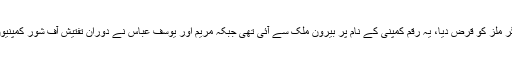
جس پر نیب پراسیکیوٹر نے کہا کہ ڈیڑھ کروڑ ڈالز آف شور کمپنیوں نے چوہدری شوگر ملز کو قرض دیا، یہ رقم کمپنی کے نام پر بیرون ملک سے آئی تھی جبکہ مریم اور یوسف عباس نے دوران تفتیش آف شور کمپنیوں سے اس رقم کی وصولی کی وضاحت نہیں کی، اس پر مزید تفتیش کی ضرورت ہے۔